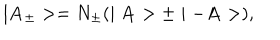
\mid { \bf A _ { \pm } } > = N _ { \pm } ( \mid { \bf A } > \pm \mid - { \bf A } > ) ,